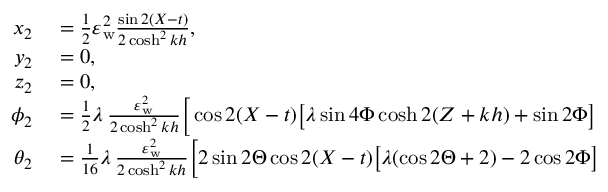
\begin{array} { r l } { x _ { 2 } } & { { } = \frac { 1 } { 2 } \varepsilon _ { \mathrm { w } } ^ { 2 } \frac { \sin 2 ( X - t ) } { 2 \cosh ^ { 2 } k h } , } \\ { y _ { 2 } } & { { } = 0 , } \\ { z _ { 2 } } & { { } = 0 , } \\ { \phi _ { 2 } } & { { } = \frac { 1 } { 2 } \lambda \, \frac { \varepsilon _ { \mathrm { w } } ^ { 2 } } { 2 \cosh ^ { 2 } k h } \bigg [ \cos 2 ( X - t ) \big [ \lambda \sin { 4 \Phi } \cosh 2 ( Z + k h ) + \sin { 2 \Phi } \big ] } \\ { \theta _ { 2 } } & { { } = \frac { 1 } { 1 6 } \lambda \, \frac { \varepsilon _ { \mathrm { w } } ^ { 2 } } { 2 \cosh ^ { 2 } k h } \bigg [ 2 \sin { 2 \Theta } \cos 2 ( X - t ) \big [ \lambda ( \cos { 2 \Theta } + 2 ) - 2 \cos { 2 \Phi } \big ] } \end{array}